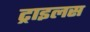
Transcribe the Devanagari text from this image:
ट्राइलस